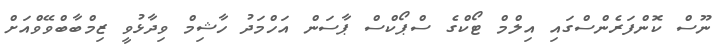
ނޫސް ކޮންފަރެންސްގައި އިލްމް ޓޯކްގެ ސްޕޯކްސް ޕާސަން އަހްމަދު ހާޝިމް ވިދާޅުވީ ޒިމްބާބްވޭވްއަށް